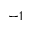
- 1